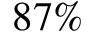
8 7 \%